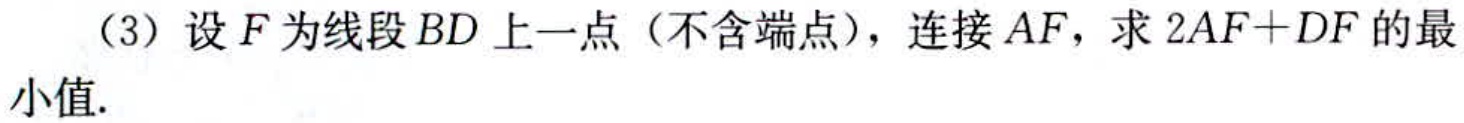
（3）设\(F\)为线段\(BD\)上一点（不含端点），连接\(AF\)，求\(2AF + DF\)的最小值.